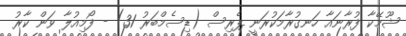
ޝޫމޭކާ ފުރާނައާ ހަނގުރާމަކުރަނީ ޕެރިސް (ޑިސެމްބަރު 31) - ފޯމިއުލާ ވަން ކާރު